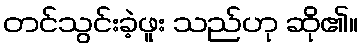
တင်သွင်းခဲ့ဖူး သည်ဟု ဆို၏။